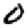
Digit: 0